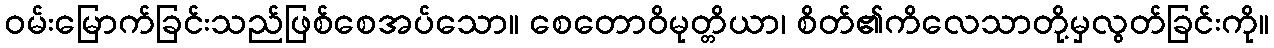
ဝမ်းမြောက်ခြင်းသည်ဖြစ်စေအပ်သော။ စေတောဝိမုတ္တိယာ၊ စိတ်၏ကိလေသာတို့မှလွတ်ခြင်းကို။